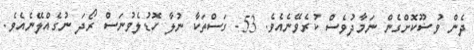
ދެން ވުޟޫކޮށްގެން ނަމާދުވެސް ކުރެވޭނެއެވެ. 53- ގަސްތަކާ ނުލާ ހޮޑުލެވުނަސް ރޯދަ ނުގެއްލޭނެއެވެ.